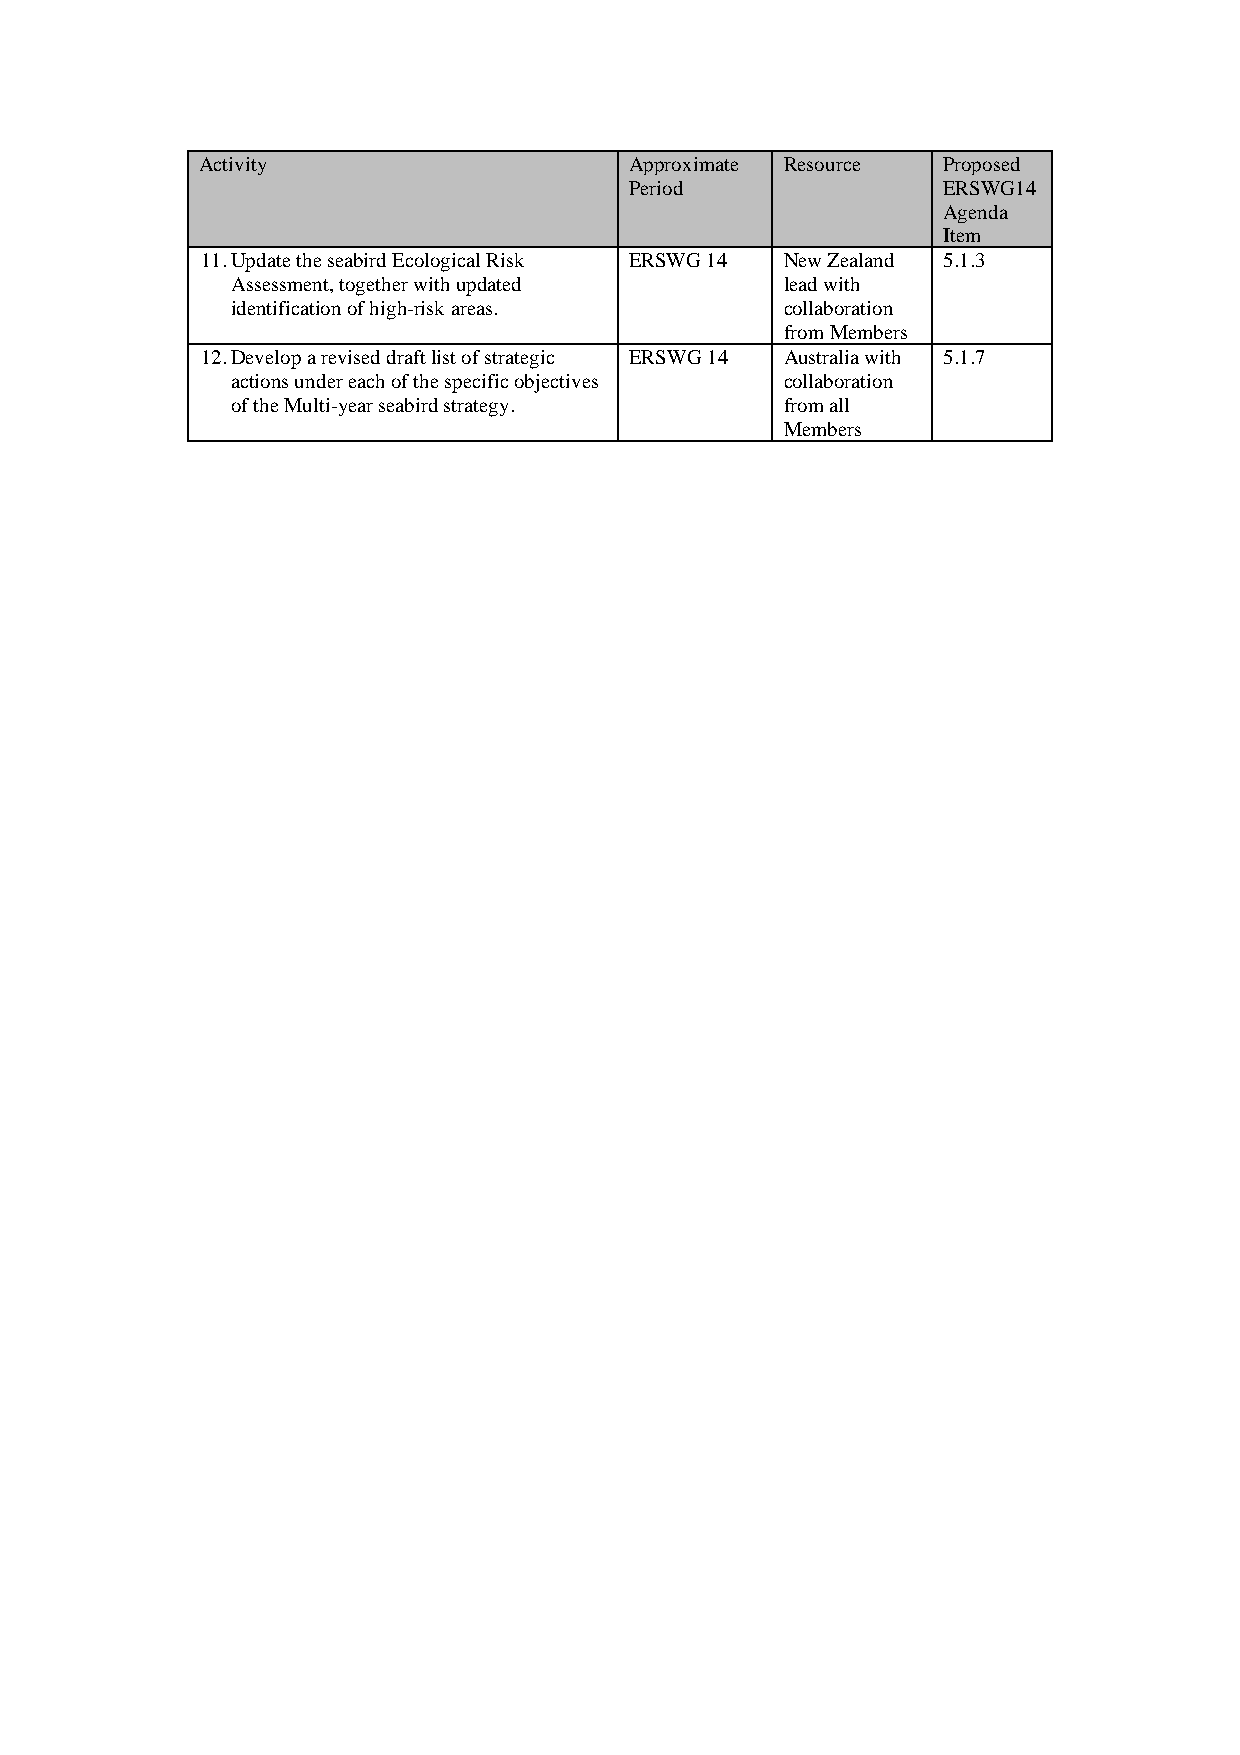
Activity                     Approximate Resource Proposed
 Period              ERSWG14
 Agenda
 Item
 11. Update the seabird Ecological Risk ERSWG 14 New Zealand 5.1.3
 Assessment, together with updated    lead with
 identification of high-risk areas.   collaboration
 from Members
 12. Develop a revised draft list of strategic ERSWG 14 Australia with 5.1.7
 actions under each of the specific objectives collaboration
 of the Multi-year seabird strategy.  from all
 Members